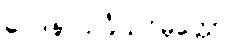
ဝေဒနာသင်္ခယဝိမုတ္တော